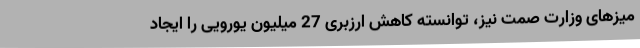
میزهای وزارت صمت نیز، توانسته کاهش ارزبری 27 میلیون یورویی را ایجاد